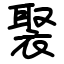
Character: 𧚿